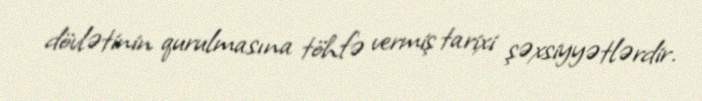
dövlətinin qurulmasına töhfə vermiş tarixi şəxsiyyətlərdir.